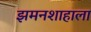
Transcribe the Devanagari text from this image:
झमनशाहाला